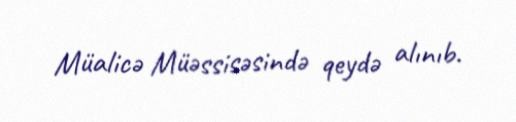
Müalicə Müəssisəsində qeydə alınıb.